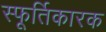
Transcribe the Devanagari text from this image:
स्फूर्तिकारक